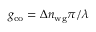
g _ { \mathrm { c o } } = \Delta n _ { \mathrm { w g } } \pi / \lambda